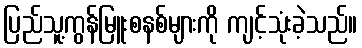
ပြည်သူ့ကွန်မြူးစနစ်များကို ကျင့်သုံးခဲ့သည်။